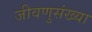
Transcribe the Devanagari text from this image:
जीवणुसंख्या